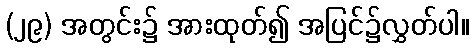
(၂၉) အတွင်း၌ အားထုတ်၍ အပြင်၌လွှတ်ပါ။